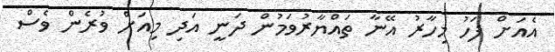
އެއަށް ފަހު މިހާރު އޭނާ ތައްޔާރުވަމުން ދަނީ އަދި މިއަށް ވުރެން ވެސް